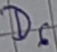
Text: D6